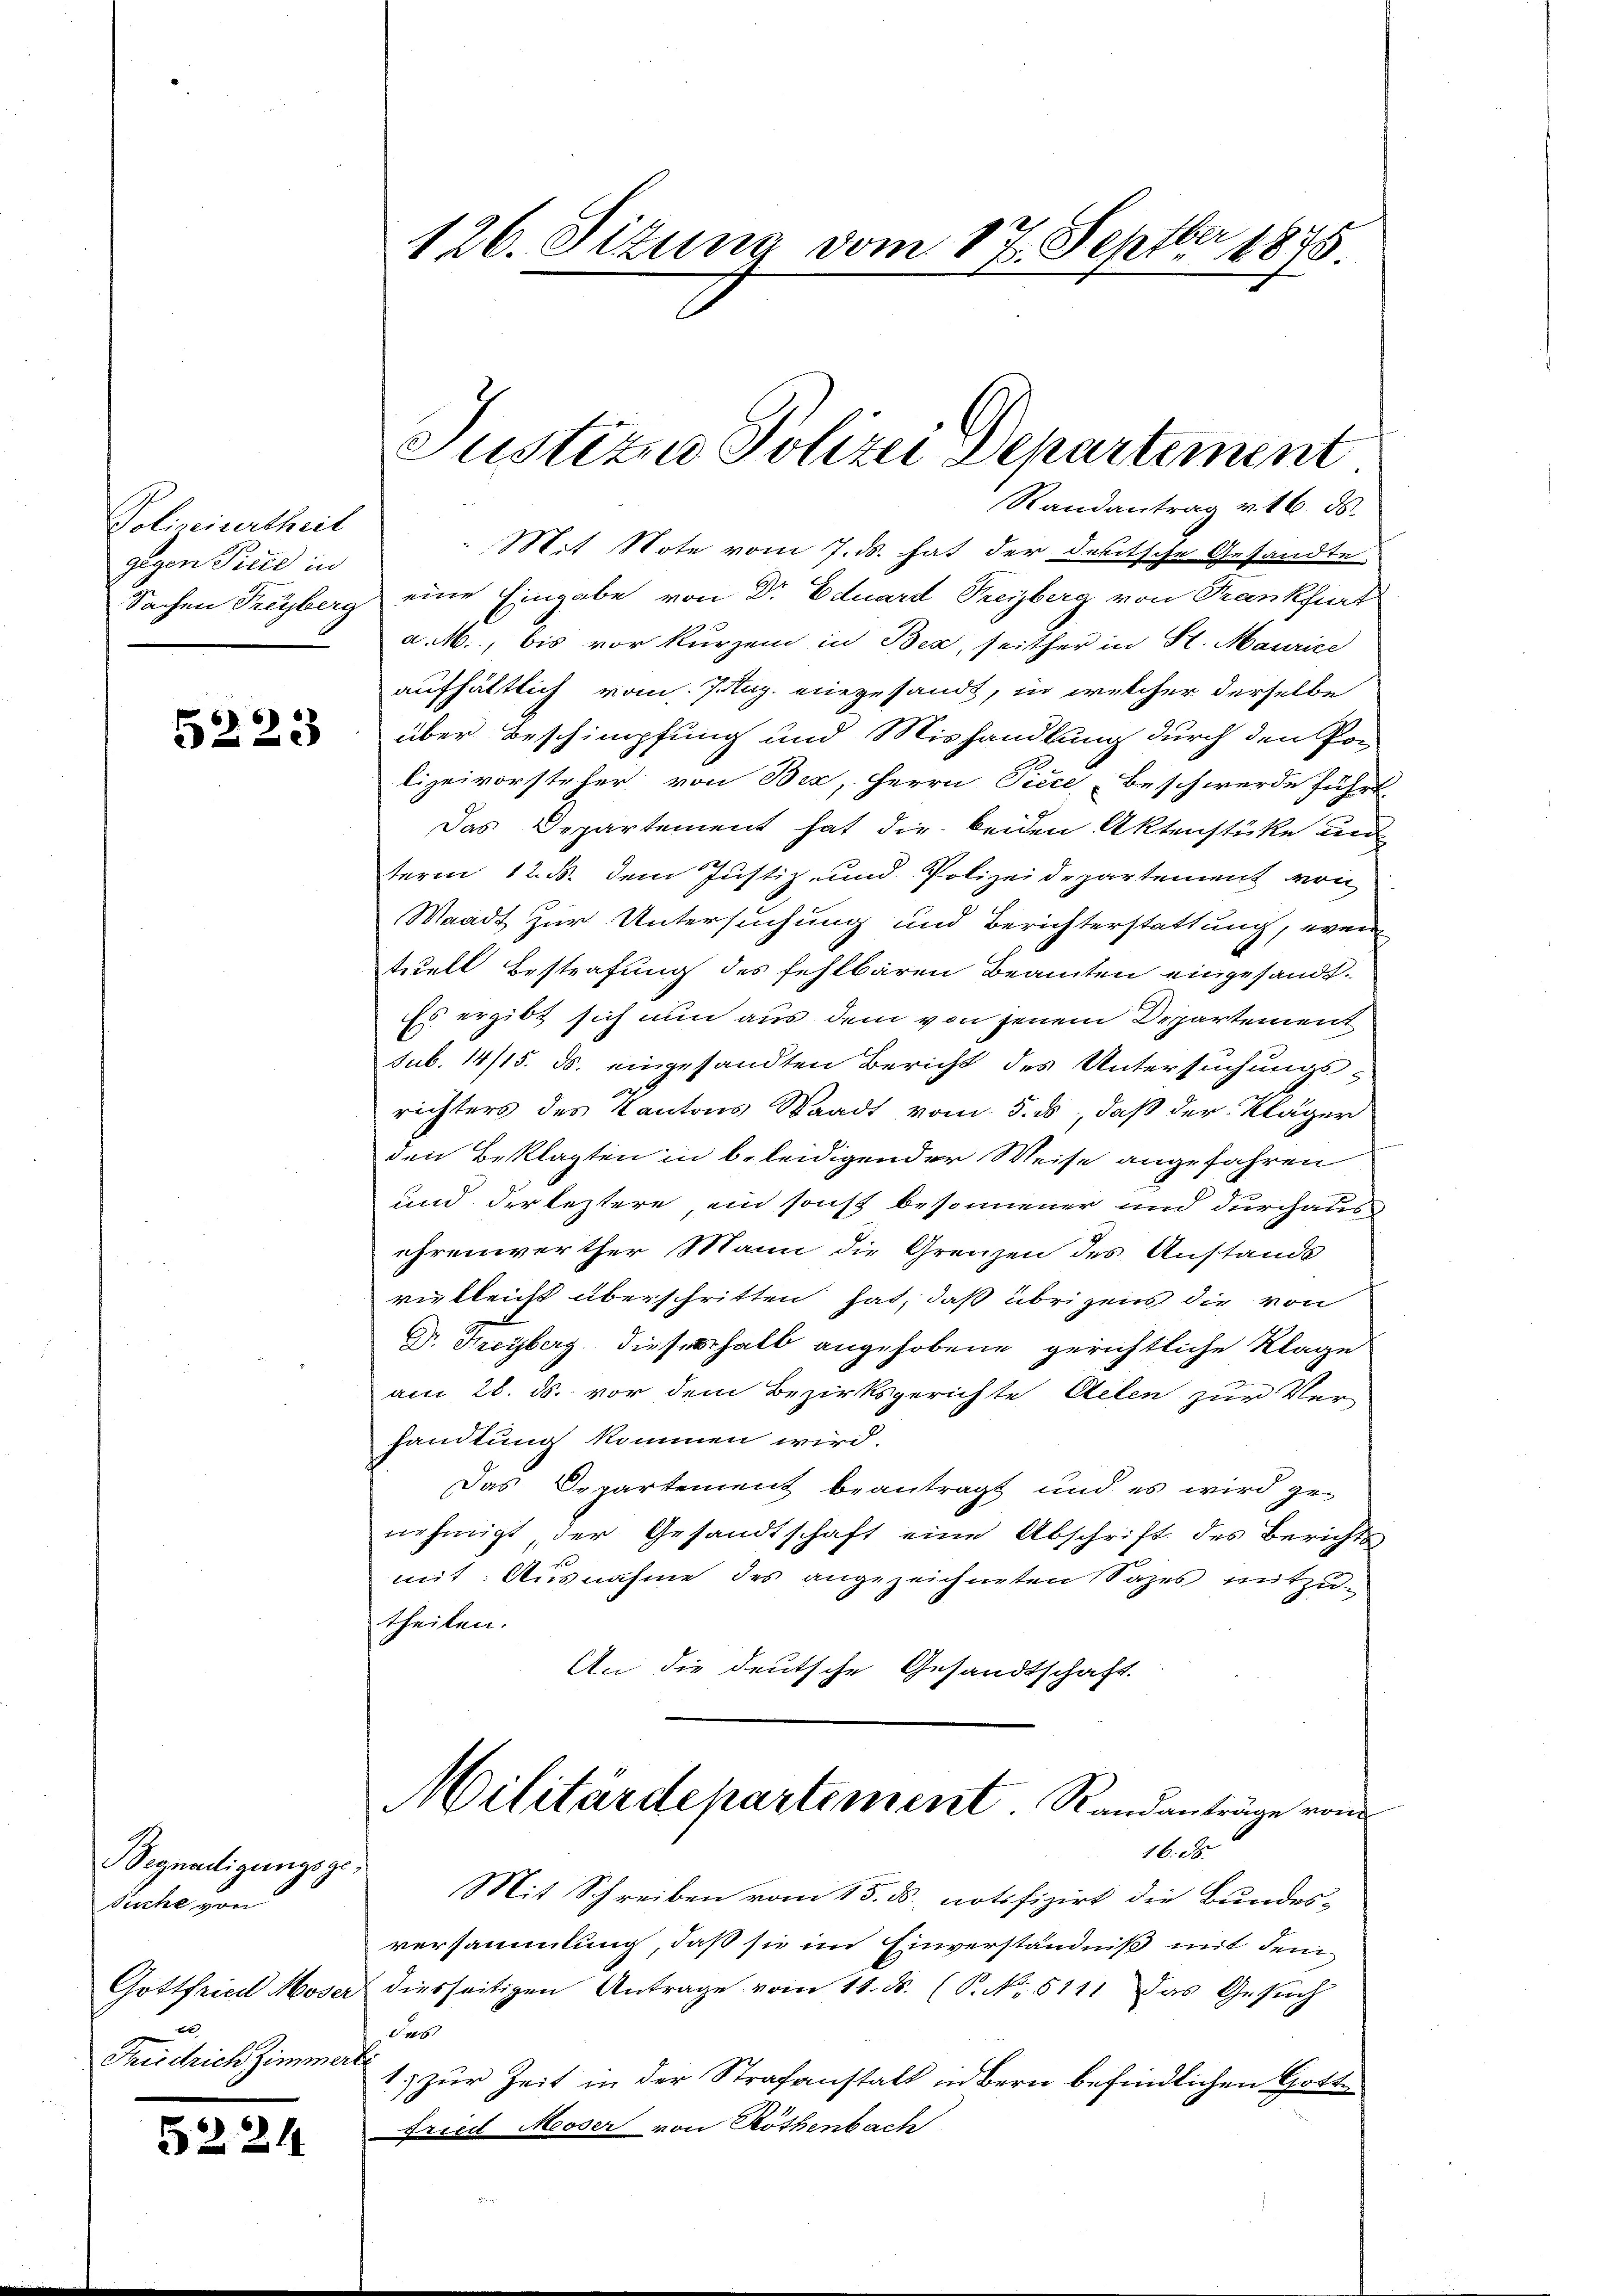
Polizeiurtheit
gegen Pried in
Sachen Freyberg

5223

Begnadigungsge¬
Siche von
Gottfried Moser
F
Frivilrich Zimmerr

5224

126. Sitzung vom 17. Septbr 1875

Randantrag v. 16. ds.
Mit Note vom 7. ds. hat der deutsche Gesandte
eine Eingabe von Dr Eduard Freiberg von Frankfurt
a. M., bis vor kurzem in Bez, seither in St. Maurice
aufhältlich vom 7. Aug. eingesandt, in welcher derselbe
über Beschimpfung und Mishandlung durch den Por
lizeivorsteher von Bez, Herrn Piece beschwerde führt,
Das Departement hat die beiden Aktenstücke und
term 12. ds. dem Justiz- und Polizeidepartement von
Waadt zur Untersuchung und Berichterstattung, wenn
tuell Bestrafung des fehlbaren Beamten eingesandt.
Es ergibt sich nun aus dem von jenem Departement
sub. 14/15. ds. eingesandten Bericht des Untersuchungsrichters des Kantons Staadt vom 5. ds, daß der Kläger
den Beklagten in b. leidigender Weise angefahren
und der leztere ein sonst besonnener und durchausehrenwerther Mann die Grenzen des Anstands
vielleicht überschritten hat, daß übrigens die von
Dr. Freyberg dieserhalb angehobene gerichtliche Klage
am 28. ds. vor dem Bezirksgerichte Aelen zur Ver-
handlung kommen wird.
Das Departement beantragt und es wird ge-
nehmigt der Gesandtschaft eine Abschrift des Berichts
mit: Ausnahme des angezeichneten Sazes mitzutheilen.
An die deutsche Gesandtschaft.
Militärdepartement. Randanträge von
16. ds.
Mit Schreiben vom 15. ds. notifizirt die Bundes-
versammlung, daß sie im Einverständniß mit dem
diesseitigen Antrage vom 11. d. (S. No. 5111. Das Gesuch
Or
1) zur Zeit in der Strafanstalt übern befindlichen Gottfried Meoser von Rothenbach

Justiza Polizei Departement